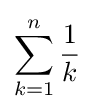
\sum _{k=1}^{n}{\frac {1}{k}}